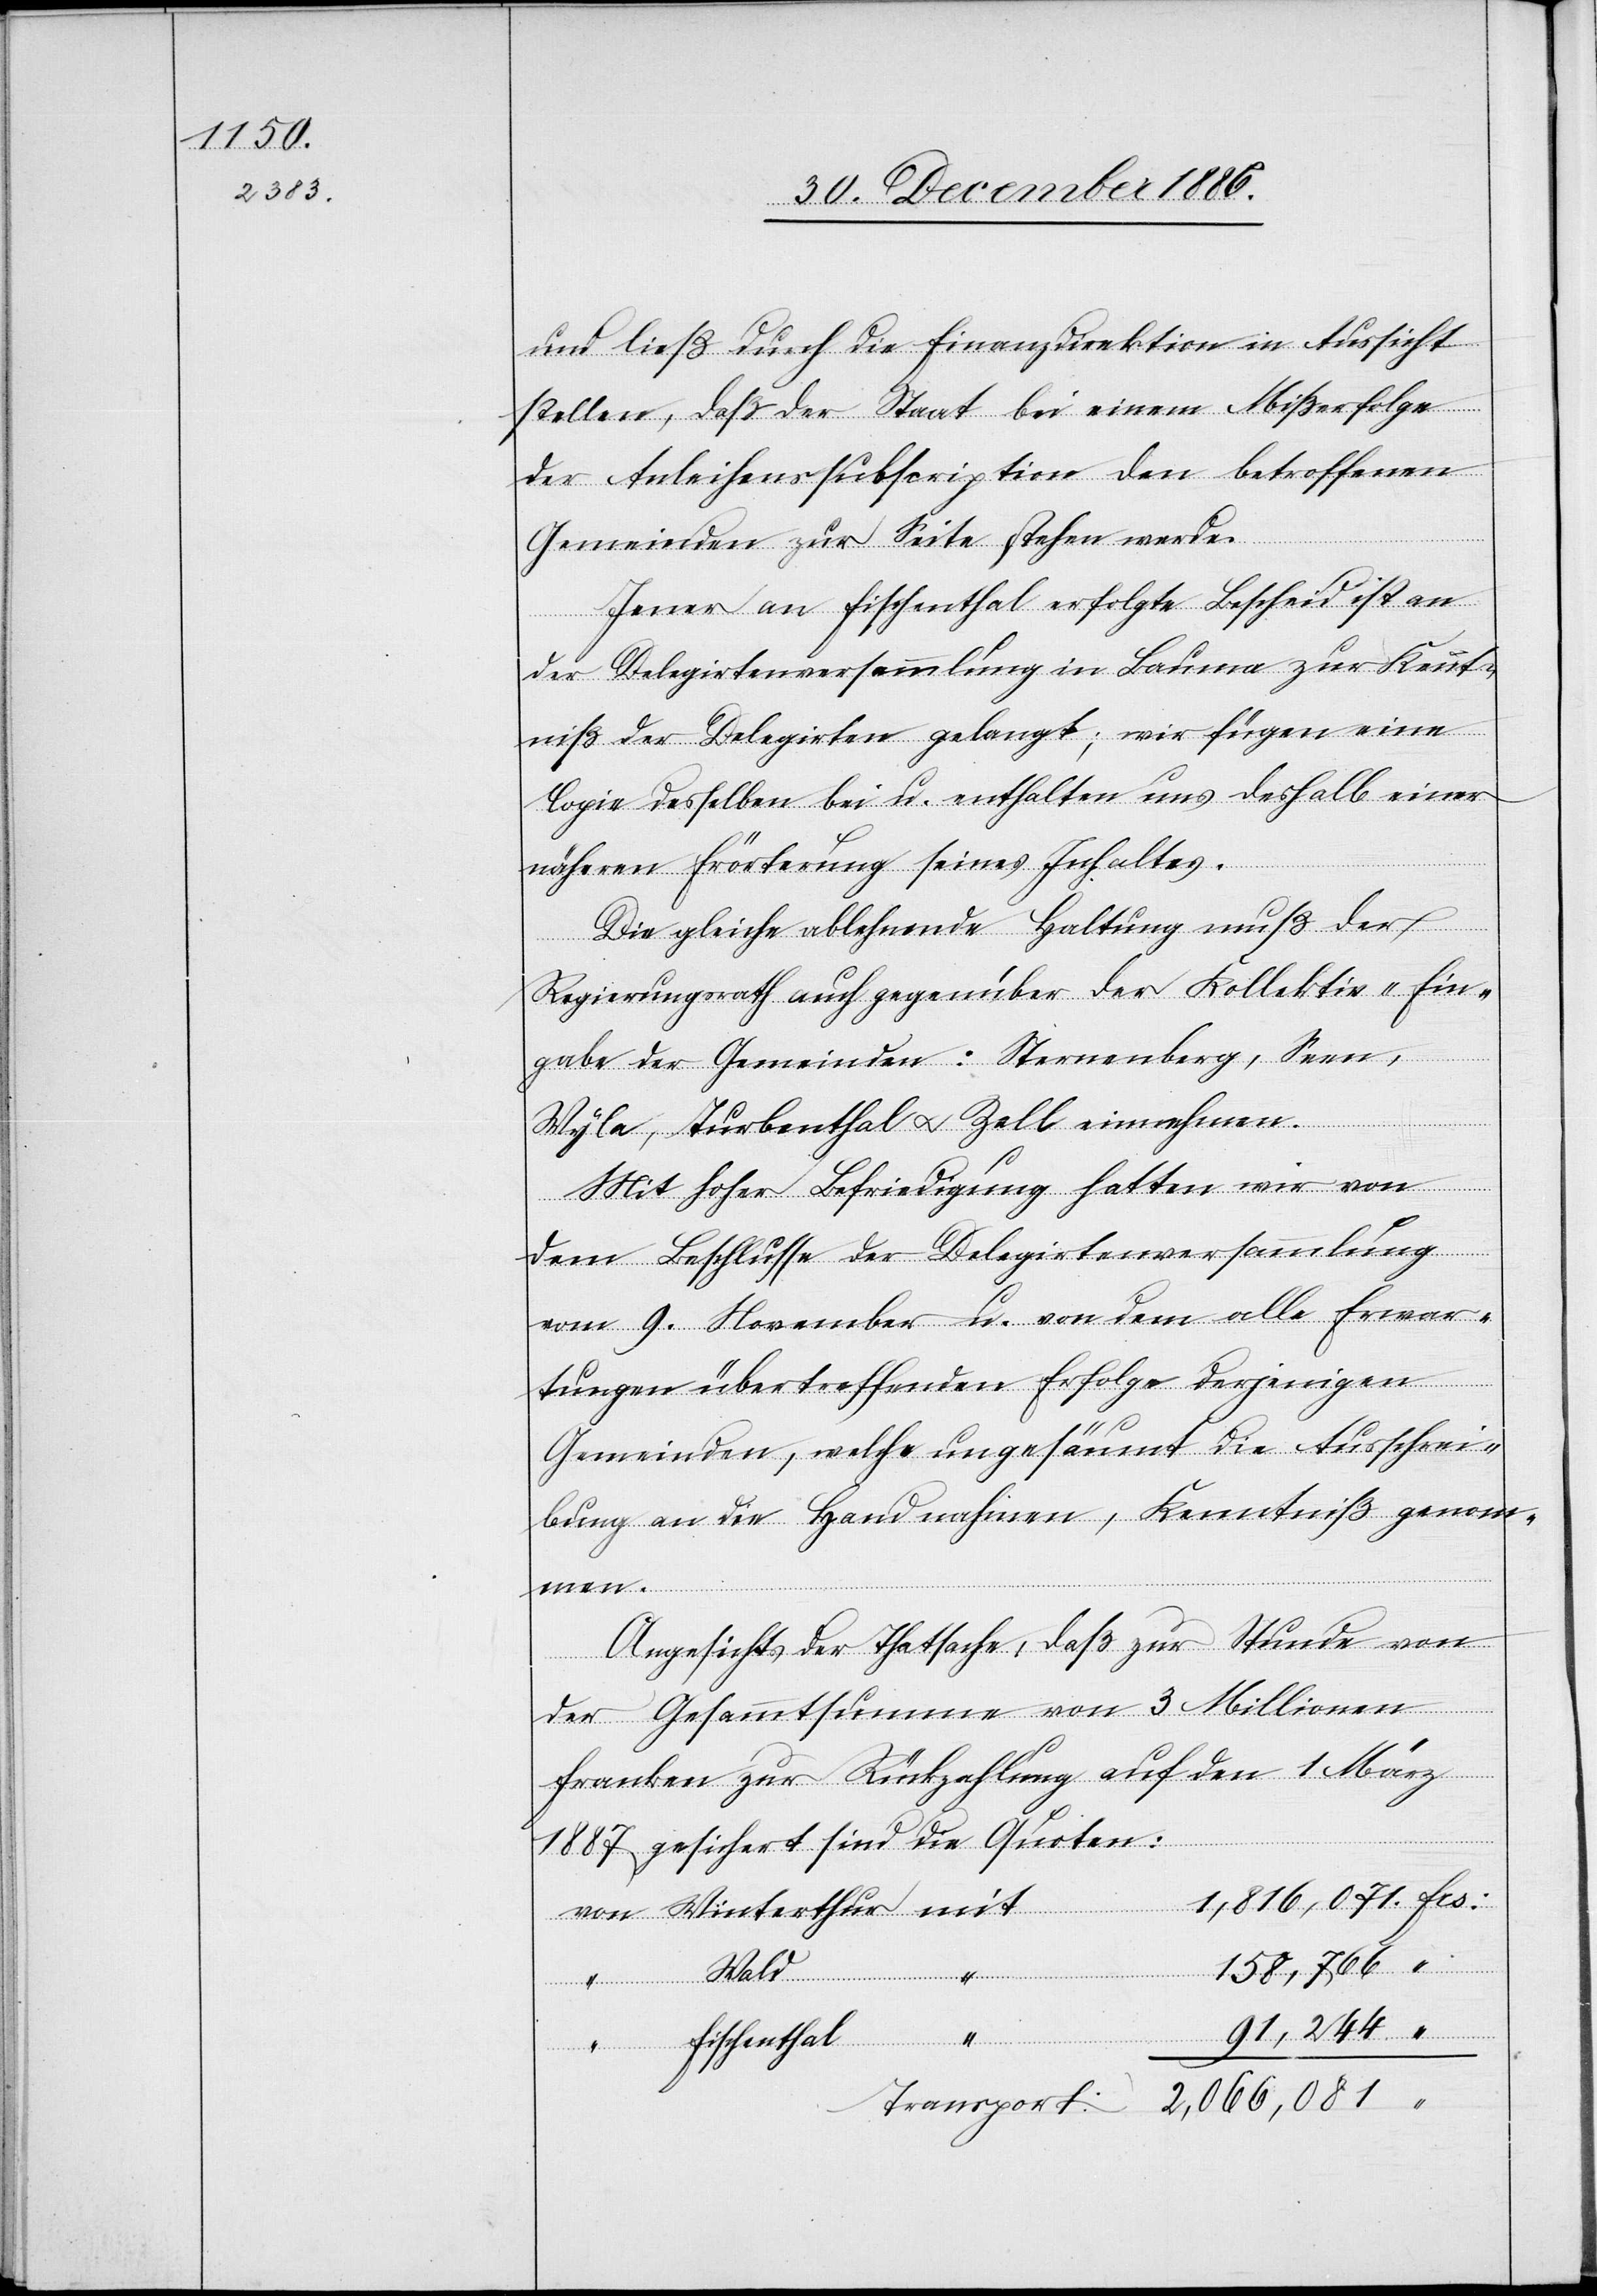
und ließ durch die Finanzdirektion in Aussicht
stellen, daß der Staat bei einem MIßerfolge
der Anleihenssubscription den betroffenen
Gemeinden zur Seite stehen werde.
Jener an Fischenthal erfolgte Bescheid ist an
der Delegirtenversammlung in Bauma zur Kennt¬
mit
niß der Delegirten gelangt; wir fügen eine
Copie desselben bei u. enthalten uns deshalb einer
näheren Erörterung seines Inhaltes.
Die gleiche ablehnende Haltung muß der
Regierungsrath auch gegenüber der Kollektiv-Ein¬
Wald
gabe der Gemeinden: Sternenberg, Seen,
Wyla, Turbenthal & Zell einnehmen.
Mit hoher Befriedigung hatten wir von
dem Beshclusse der Delegirtenversammlung
vom 9. November u. von dem alle Erwar¬
tungen übertreffenden Erfolge derjenigen
Gemeinden, welche ungesäumt die Ausschrei¬
bung an die Hand nahmen, Kenntniß genom¬
men.
Angesichts der Thatsache, daß zur Stunde von
der Gesammtsumme von 3 Millionen
Franken zur Rückzahlung auf den 1. März
1887 gesichert sind die Quoten:
158,766
Frs:
91,244
Fischenthal